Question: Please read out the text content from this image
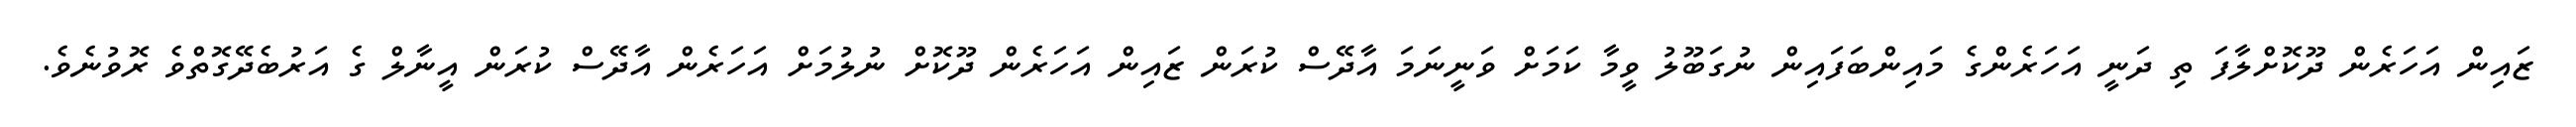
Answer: ޒައިން އަހަރެން ދޫކޮށްލާފަ ތި ދަނީ އަހަރެންގެ މައިންބަފައިން ނުގަބޫލު ވީމާ ކަމަށް ވަނީނަމަ އާދޭސް ކުރަން ޒައިން އަހަރެން ދޫކޮށް ނުލުމަށް އަހަރެން އާދޭސް ކުރަން އީނާލް ގެ އަރުބެދޭގޮތްވެ ރޮވުނެވެ.